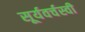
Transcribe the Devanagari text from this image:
सूर्यवर्चस्वी